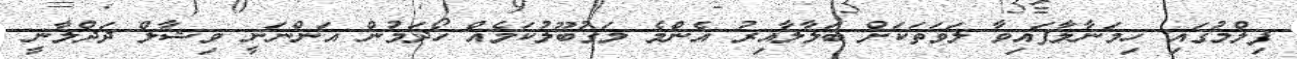
ފިލްމުގައި ހިމަނާލާފައިވާ ލަވަތަކަށް ބަލާލާއިރު އެންމެ މަގުބޫލުކަމެއް ހޯދަމުން އަންނަނީ ވިޝާލް ދަދްލާނީ